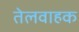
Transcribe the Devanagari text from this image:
तेलवाहक